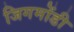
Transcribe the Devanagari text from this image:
जिगमोंडी